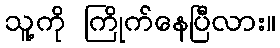
သူ့ကို ကြိုက်နေပြီလား။